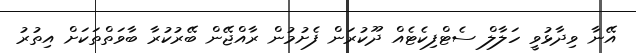
އޭނާ ވިދާޅުވީ ހަލާލް ސެޓްފިކެޓެއް ދޫކުރަން ފެށުމުން ރާއްޖޭން ބޭރުކުރާ ބާވަތްތަކަށް އިތުރު